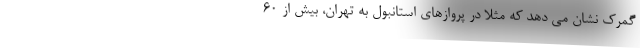
گمرک نشان می دهد که مثلا در پروازهای استانبول به تهران، بیش از ۶۰